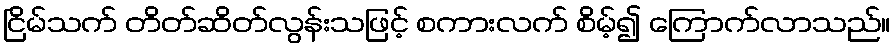
ငြိမ်သက် တိတ်ဆိတ်လွန်းသဖြင့် စကားလက် စိမ့်၍ ကြောက်လာသည်။